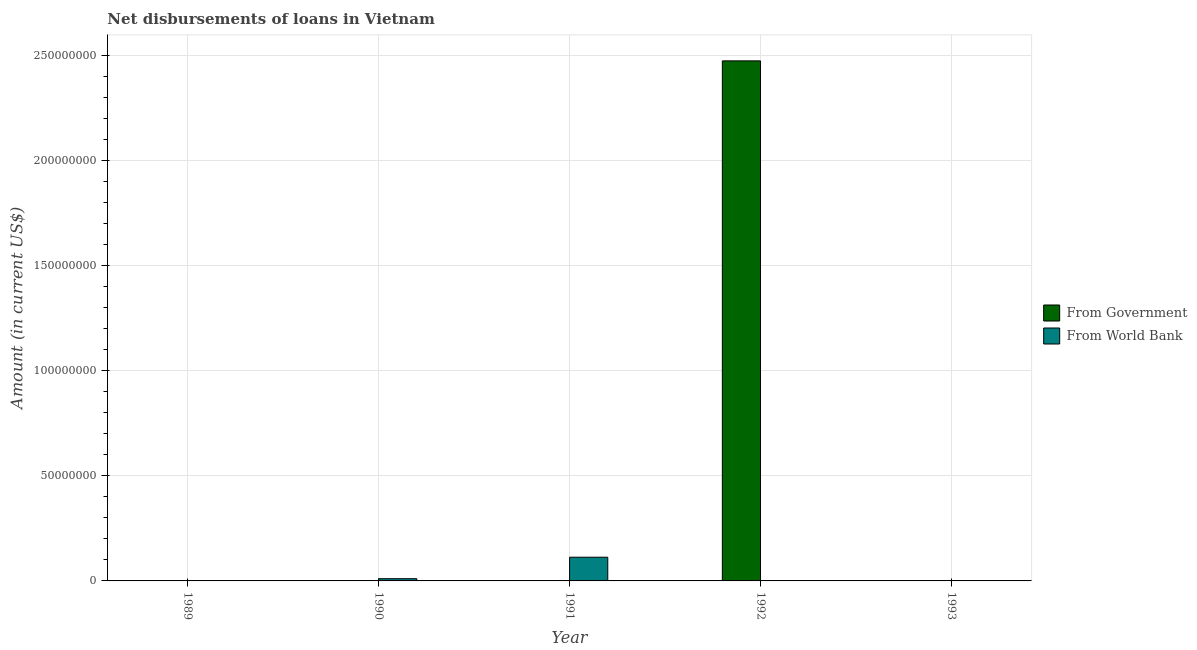
| Year | From Government | From World Bank |
 | --- | --- | --- |
 | 1989 | -4.84e+07 | -1.92e+06 |
 | 1990 | -8.73e+07 | 1.06e+06 |
 | 1991 | -5.56e+07 | 1.13e+07 |
 | 1992 | 2.47e+08 | 1.58e+05 |
 | 1993 | -9.97e+07 | -4.01e+07 |